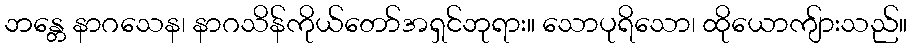
ဘန္တေ နာဂသေန၊ နာဂသိန်ကိုယ်တော်အရှင်ဘုရား။ သောပုရိသော၊ ထိုယောကျ်ားသည်။